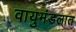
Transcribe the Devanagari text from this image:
वायुमंडलात